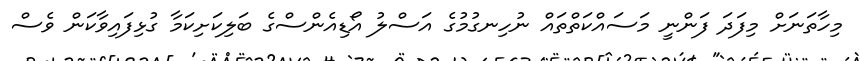
މިހާތަނަށް މިފަދަ ފަންނީ މަސައްކަތްތައް ނުހިނގުމުގެ އަސްލު އޯޑިއެންސްގެ ބަލިކަށިކަމާ ގުޅިފައިވާކަން ވެސް